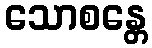
သောစန္တေ